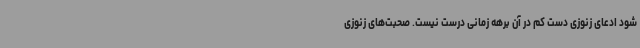
شود ادعای زنوزی دست‌ کم در آن برهه زمانی درست نیست. صحبت‌های زنوزی